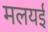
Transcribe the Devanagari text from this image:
मलयई